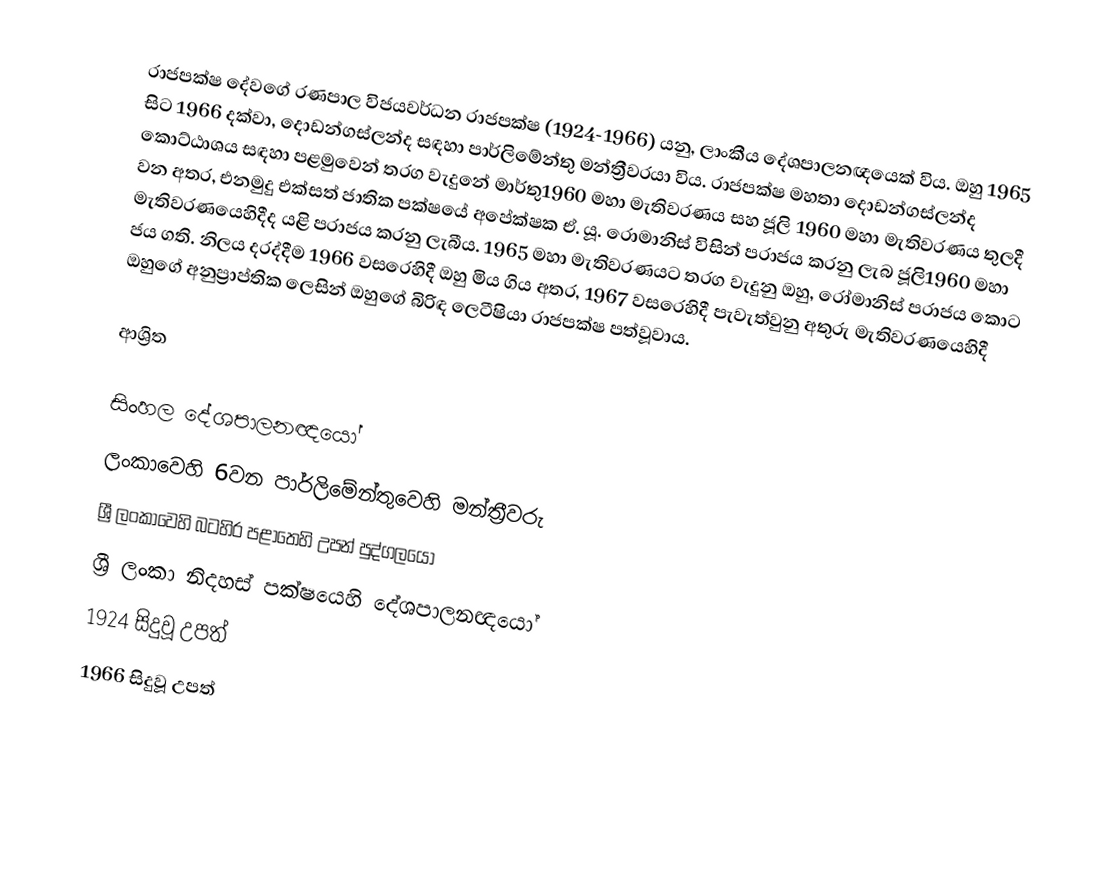
රාජපක්ෂ දේවගේ රණපාල විජයවර්ධන රාජපක්ෂ (1924-1966) යනු, ලාංකීය දේශපාලනඥයෙක් විය. ඔහු 1965 සිට 1966 දක්වා, දොඩන්ගස්ලන්ද සඳහා පාර්ලිමේන්තු මන්ත්‍රීවරයා විය.  රාජපක්ෂ මහතා දොඩන්ගස්ලන්ද කොට්ඨාශය සඳහා පළමුවෙන් තරග වැදුනේ මාර්තු1960 මහා මැතිවරණය සහ ජූලි 1960 මහා මැතිවරණය තුලදී වන අතර, එනමුදු එක්සත් ජාතික පක්ෂයේ අපේක්ෂක ඒ. යූ. රොමානිස් විසින් පරාජය කරනු ලැබ ජූලි1960 මහා මැතිවරණයෙහිදීද යළි පරාජය කරනු ලැබීය. 1965 මහා මැතිවරණයට තරග වැදුනු ඔහු, රෝමානිස් පරාජය කොට ජය ගති. නිලය දරද්දීම 1966 වසරෙහිදී ඔහු මිය ගිය අතර,  1967 වසරෙහිදී පැවැත්වුනු අතුරු මැතිවරණයෙහිදී ඔහුගේ අනුප්‍රාප්තික ලෙසින් ඔහුගේ බිරිඳ ලෙටීෂියා රාජපක්ෂ පත්වූවාය.

ආශ්‍රිත

සිංහල දේශපාලනඥයෝ
ලංකාවෙහි 6වන පාර්ලිමේන්තුවෙහි මන්ත්‍රීවරු
ශ්‍රී ලංකාවෙහි බටහිර පළාතෙහි උපන් පුද්ගලයෝ
ශ්‍රී ලංකා නිදහස් පක්ෂයෙහි දේශපාලනඥයෝ
1924 සිදුවූ උපත්
1966 සිදුවූ උපත්